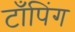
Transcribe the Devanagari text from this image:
टाँपिंग